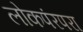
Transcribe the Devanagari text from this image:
लोकपंरपरा